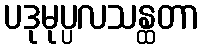
ပဒုမုပ္ပလသန္ထတာ